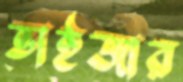
ভাইজার